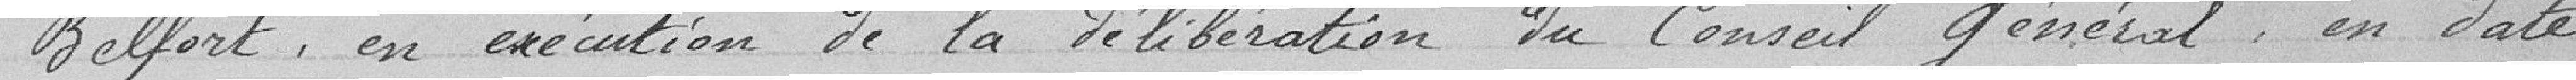
Belfort, en exécution de la délibération du Conseil Général en date